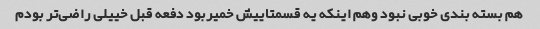
هم بسته بندی خوبی نبود وهم اینکه یه قسمتاییش خمیربود دفعه قبل خییلی راضی‌تر بودم